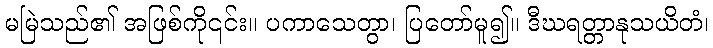
မမြဲသည်၏ အဖြစ်ကို၎င်း။ ပကာသေတွာ၊ ပြတော်မူ၍။ ဒီဃရတ္တာနုသယိတံ၊